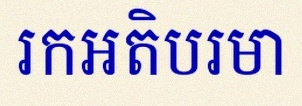
រកអតិបរមា